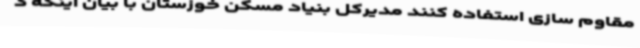
مقاوم سازی استفاده کنند مدیرکل بنیاد مسکن خوزستان با بیان اینکه د